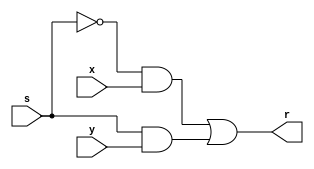
module mux1bit
(
	input s,
	input x, y,
	output r
);
assign r = ~s & x | s & y;

endmodule